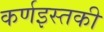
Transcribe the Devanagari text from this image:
कर्णइस्तकी